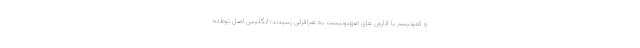
و کمونیسم با قارون های صهیونیست به هم‌افزایی رسیدند؛ انگلیس اصل توطئه